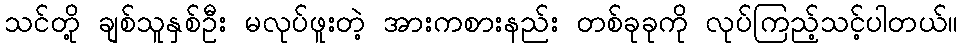
သင်တို့ ချစ်သူနှစ်ဦး မလုပ်ဖူးတဲ့ အားကစားနည်း တစ်ခုခုကို လုပ်ကြည့်သင့်ပါတယ်။